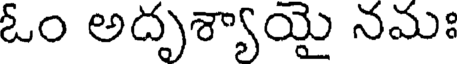
ఓం అదృశ్యాయై నమః